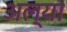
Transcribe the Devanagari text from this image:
अल्या